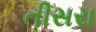
તીસરા